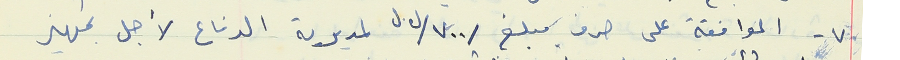
٧- الموافقة على صرف مبلغ /٧٠٠/ ل.ل لمديرية الدفاع لأجل تجهيز